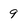
Character: 9